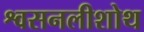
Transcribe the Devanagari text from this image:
श्वसनलीशोथ